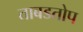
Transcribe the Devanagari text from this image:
ताबडतोप